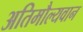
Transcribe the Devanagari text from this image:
अतिमौल्यवान